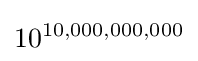
10^{10,000,000,000}